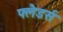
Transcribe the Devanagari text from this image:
फ्लैडर्स